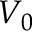
V _ { 0 }